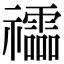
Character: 𥜧